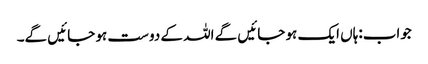
جواب:ہاں ایک ہو جائیں گے اللہ کے دوست ہو جائیں گے۔